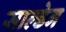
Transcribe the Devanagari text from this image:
साल्डेन